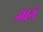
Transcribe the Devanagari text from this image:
आथे